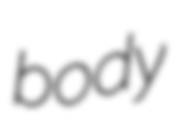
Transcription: body